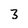
Character: 3